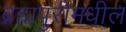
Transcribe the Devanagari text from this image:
ब्रह्मपुरीमधील